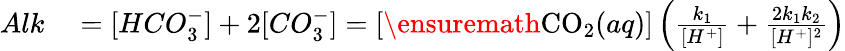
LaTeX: \begin{array}{rl}{Alk}&{{}=[HCO_{3}^{-}]+2[CO_{3}^{-}]=[\ensuremath{\mathrm{CO_{2}}}(aq)]\left(\frac{k_{1}}{[H^{+}]}+\frac{2k_{1}k_{2}}{[H^{+}]^{2}}\right)}\end{array}